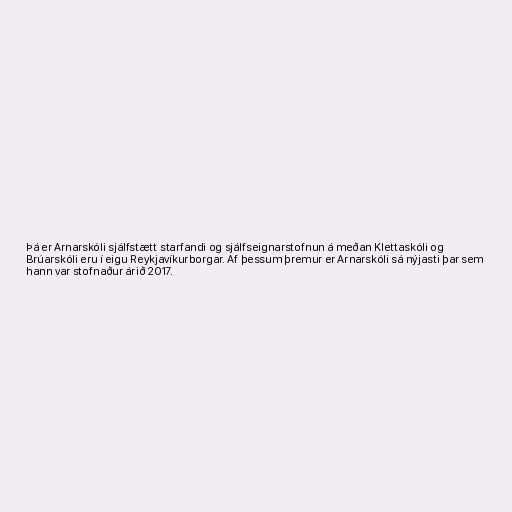
Þá er Arnarskóli sjálfstætt starfandi og sjálfseignarstofnun á meðan Klettaskóli og
Brúarskóli eru í eigu Reykjavíkurborgar. Af þessum þremur er Arnarskóli sá nýjasti þar sem
hann var stofnaður árið 2017.